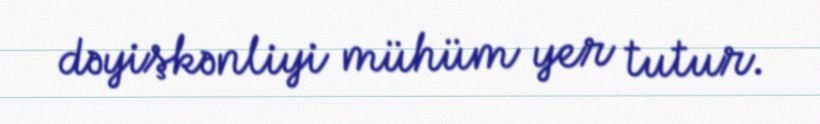
dəyişkənliyi mühüm yer tutur.